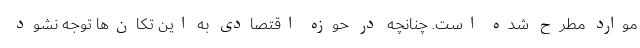
موارد مطرح شده است. چنانچه در حوزه اقتصادی به این تکان‌ها توجه نشود